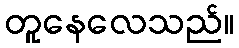
တူနေလေသည်။